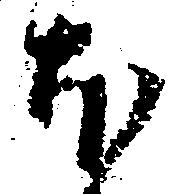
ほ